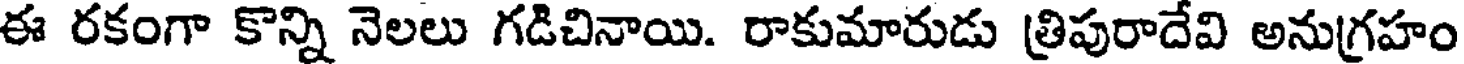
ఈ రకంగా కొన్ని నెలలు గడిచినాయి. రాకుమారుడు త్రిపురాదేవి అనుగ్రహం